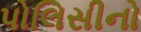
પોલિસીનો